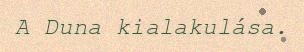
A Duna kialakulása.